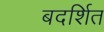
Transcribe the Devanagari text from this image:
बदर्शित